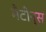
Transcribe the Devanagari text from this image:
मैटीन्स